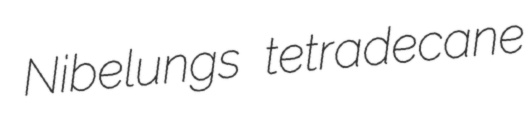
Nibelungs tetradecane